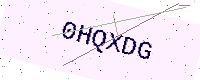
Text: 0HQXDG